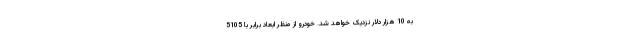
به 10 هزار دلار نزدیک خواهد شد. خودرو از منظر ابعاد برابر با 5105